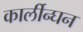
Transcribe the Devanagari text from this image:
कार्लीन्घन